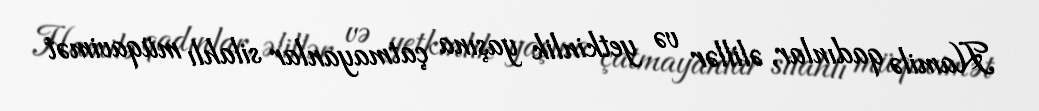
Hamilə qadınlar, əlillər və yetkinlik yaşına çatmayanlar silahlı müqavimət